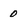
Character: 0